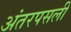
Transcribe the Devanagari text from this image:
अंतरपसली